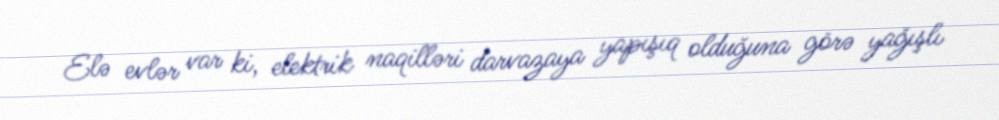
Elə evlər var ki, elektrik naqilləri darvazaya yapışıq olduğuna görə yağışlı